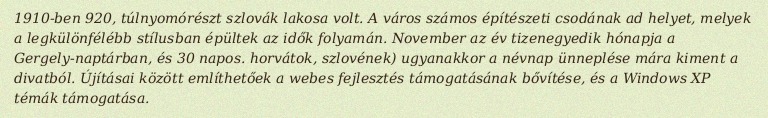
1910-ben 920, túlnyomórészt szlovák lakosa volt. A város számos építészeti csodának ad helyet, melyek a legkülönfélébb stílusban épültek az idők folyamán. November az év tizenegyedik hónapja a Gergely-naptárban, és 30 napos. horvátok, szlovének) ugyanakkor a névnap ünneplése mára kiment a divatból. Újításai között említhetőek a webes fejlesztés támogatásának bővítése, és a Windows XP témák támogatása.